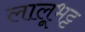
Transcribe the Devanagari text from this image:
लालूभट्ट